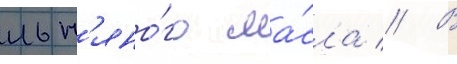
льн'яно́го ма́сла // В